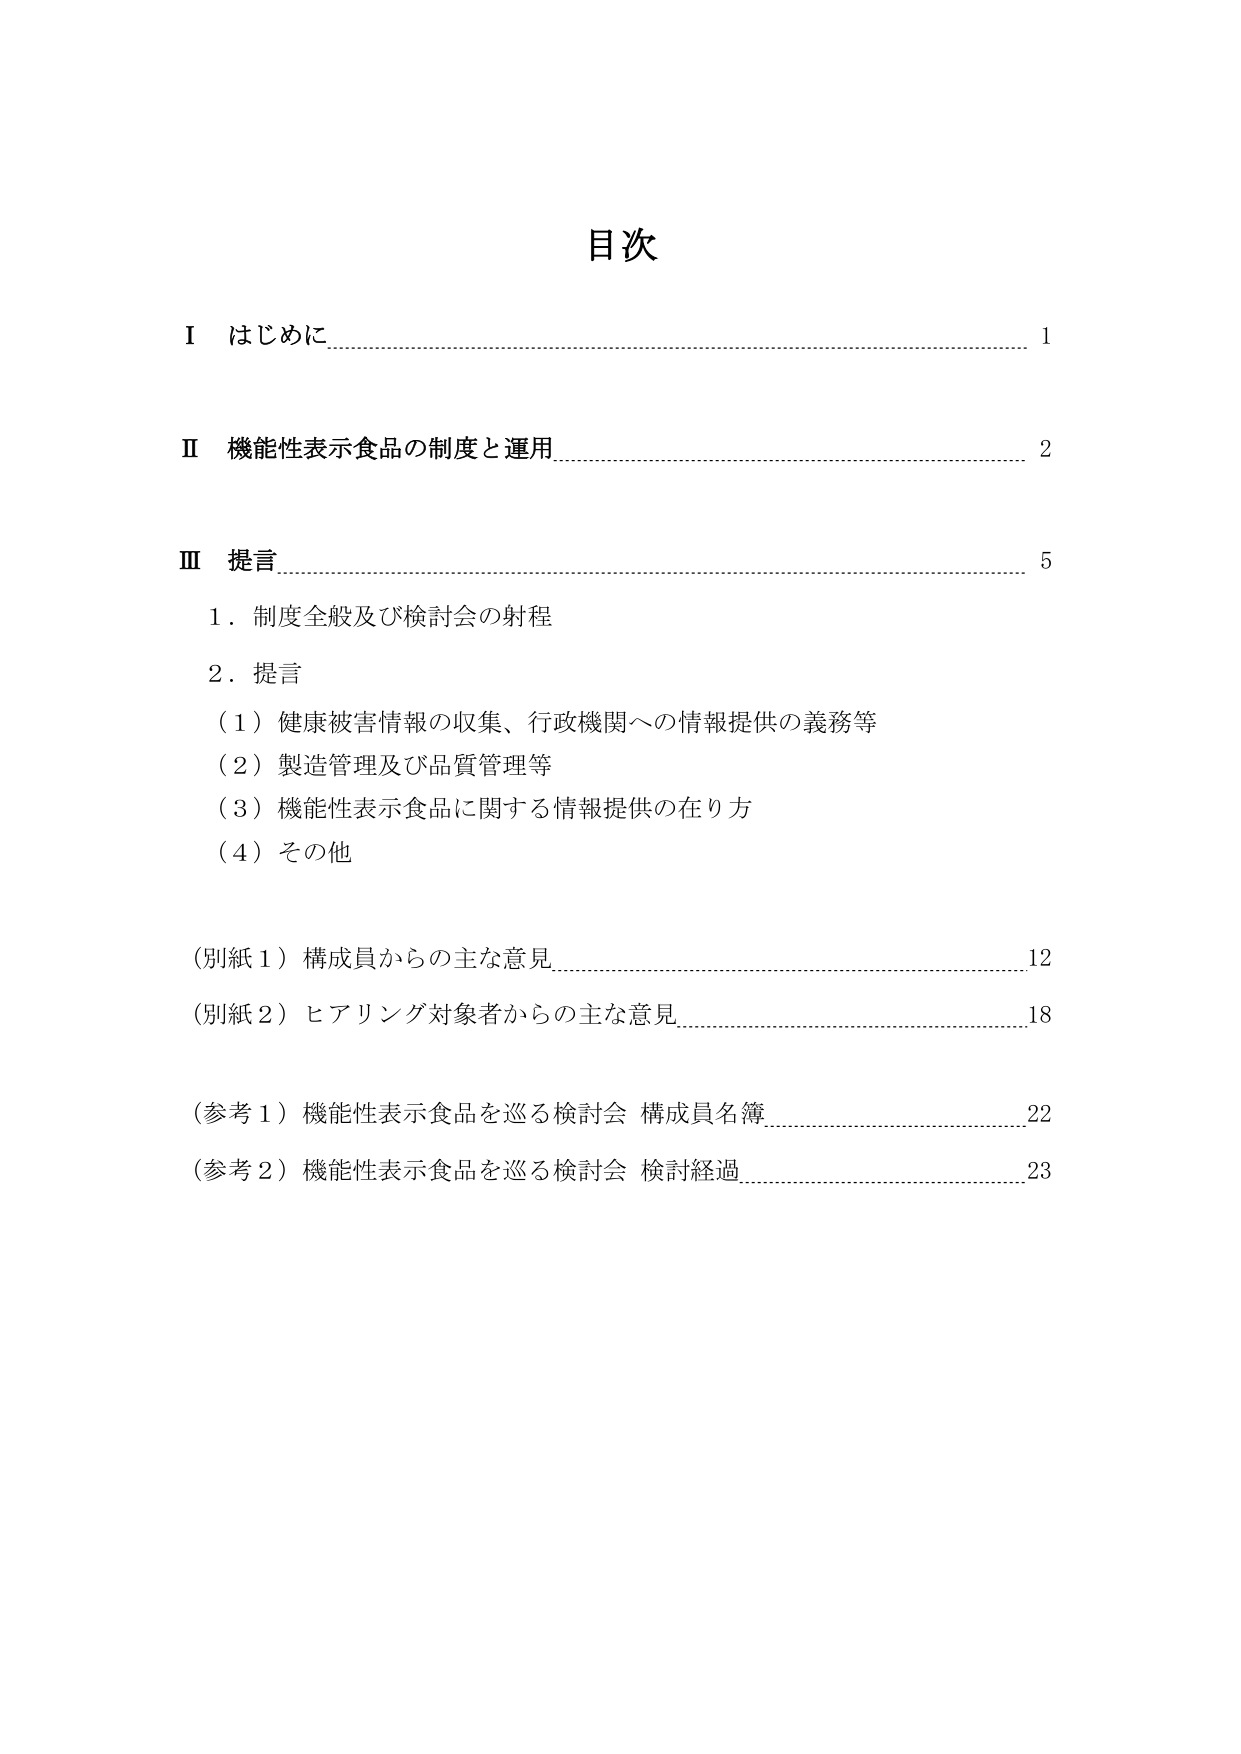
目次

Ⅰ はじめに…………………………………………………………………………………1

Ⅱ 機能性表示食品の制度と運用…………………………………………………………2

Ⅲ 提言……………………………………………………………………………………5
　1．制度全般及び検討会の射程
　2．提言
　　（1）健康被害情報の収集、行政機関への情報提供の義務等
　　（2）製造管理及び品質管理等
　　（3）機能性表示食品に関する情報提供の在り方
　　（4）その他

（別紙1）構成員からの主な意見………………………………………………………12
（別紙2）ヒアリング対象者からの主な意見…………………………………………18

（参考1）機能性表示食品を巡る検討会 構成員名簿…………………………………22
（参考2）機能性表示食品を巡る検討会 検討経過……………………………………23